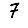
Digit: 7